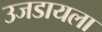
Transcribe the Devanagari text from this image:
उजडायला